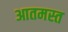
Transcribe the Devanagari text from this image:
आतमस्त